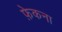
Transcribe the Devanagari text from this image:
फ़ेकना